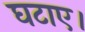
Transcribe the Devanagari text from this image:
घटाए।